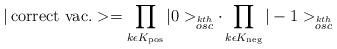
LaTeX: \begin{align*}| \,{\rm correct \ vac.} > =\prod_{k\epsilon K_{\rm pos}}|0>_{\stackrel{kth}{osc}} \cdot\prod_{k\epsilon K_{\rm neg}} | -1 >_{\stackrel{kth}{osc}}\end{align*}